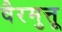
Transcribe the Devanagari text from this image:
वैरमुत्तू